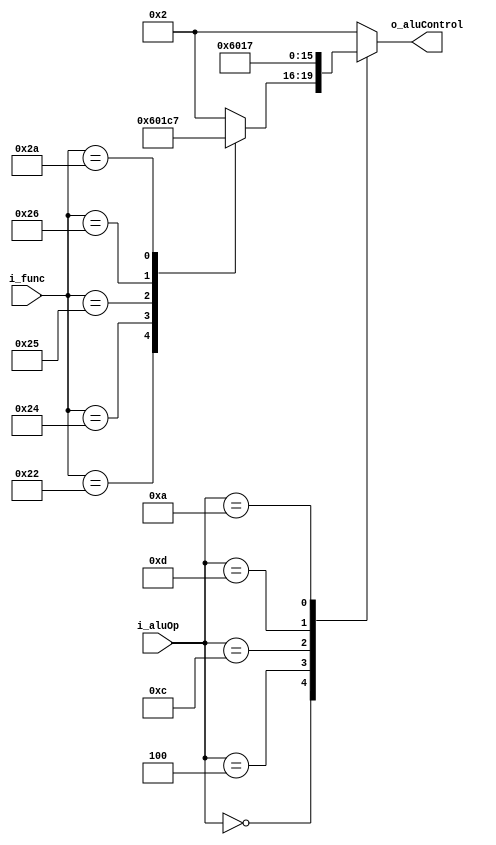
module aluControl(i_aluOp, i_func, o_aluControl);

localparam AND = 4'b0000, OR = 4'b0001, ADD = 4'b0010;
localparam SUB = 4'b0110, SOLT = 4'b0111, XOR = 4'b1100; //SOLT - Set On Less then 
 
input       [5:0]   i_aluOp;
input       [5:0]   i_func;
output  reg [3:0]   o_aluControl;
 
always @(*)
begin
	case(i_aluOp)
		6'b000000:
		case(i_func)
		6'b100000: o_aluControl <= ADD;
		6'b100010: o_aluControl <= SUB;
		6'b100100: o_aluControl <= AND;
		6'b100101: o_aluControl <= OR;	
		6'b100110: o_aluControl <= XOR;
		6'b101010: o_aluControl <= SOLT;
		default:    o_aluControl <= ADD;
		endcase
		6'b001000: o_aluControl <= ADD;
		6'b001001: o_aluControl <= ADD;
		6'b100011: o_aluControl <= ADD;
		6'b101011: o_aluControl <= ADD;
		6'b000100: o_aluControl <= SUB;
		6'b001100: o_aluControl <= AND;
		6'b001101: o_aluControl <= OR;
		6'b001010: o_aluControl <= SOLT;
		default:    o_aluControl <= ADD;
		
	endcase

end 
endmodule